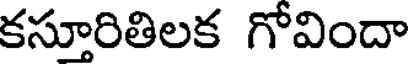
కస్తూరితిలక గోవిందా